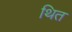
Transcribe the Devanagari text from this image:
थित